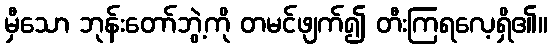
မှီသော ဘုန်းတော်ဘွဲ့ကို တမင်ဖျက်၍ တီးကြရလေ့ရှိ၏။